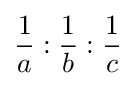
{\frac {1}{a}}:{\frac {1}{b}}:{\frac {1}{c}}